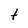
Character: 1